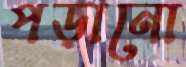
পড়ানো